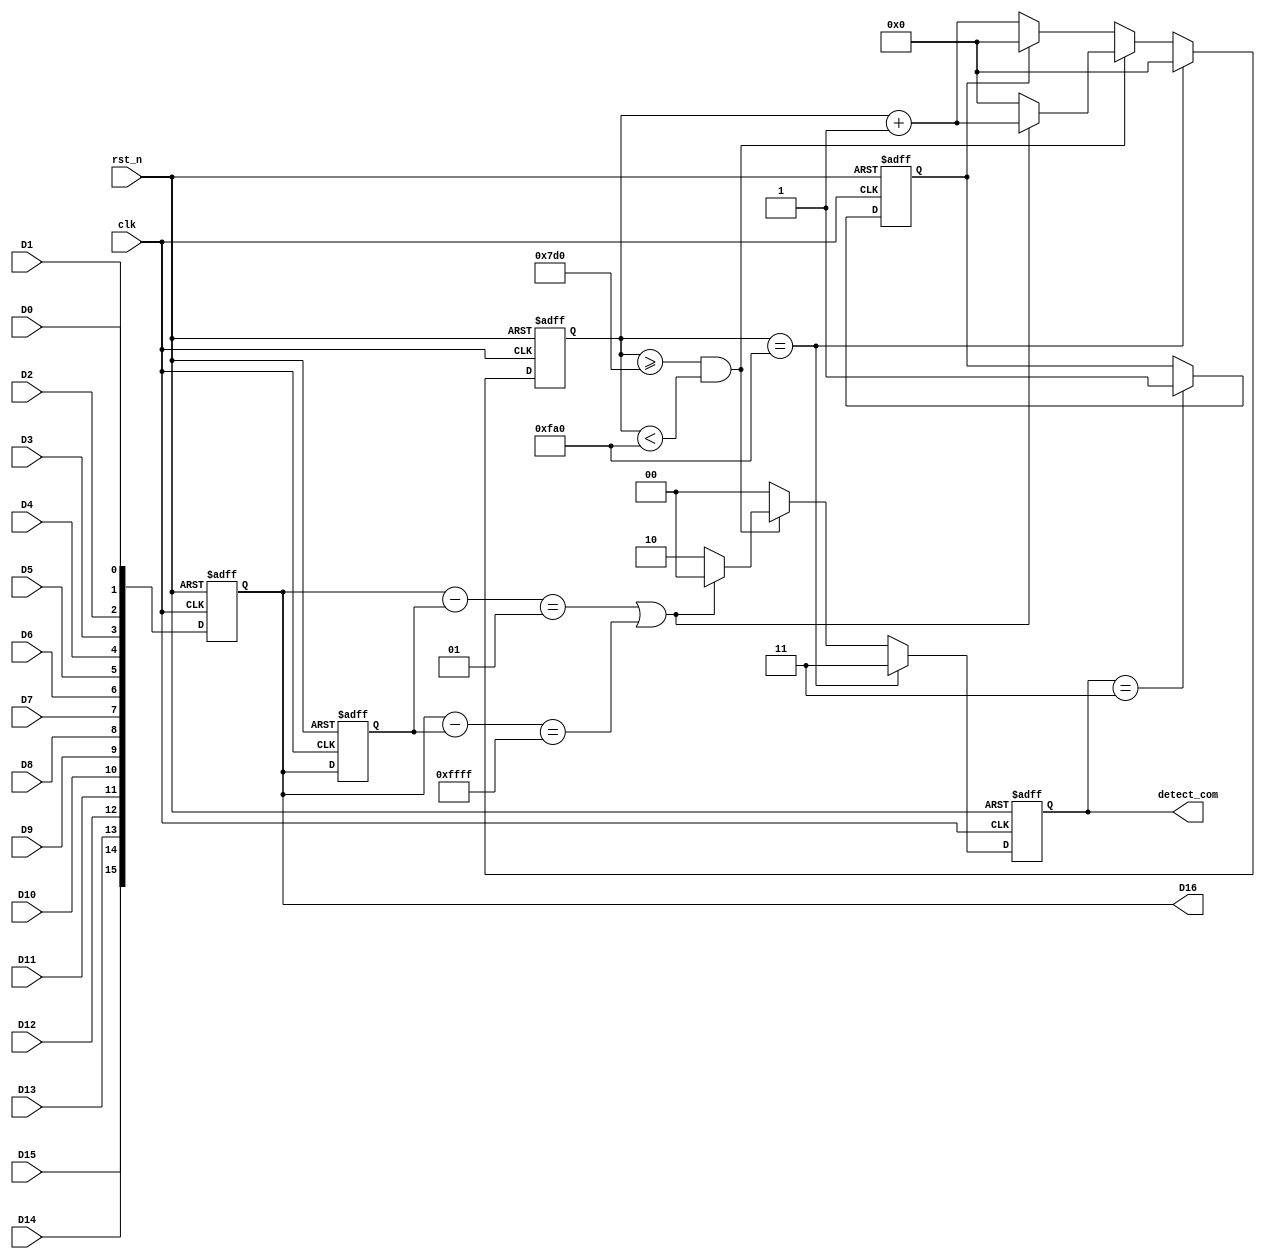
// This is a simple example.
// You can make a your own header file and set its path to settings.
// (Preferences > Package Settings > Verilog Gadget > Settings - User)
//
//		"header": "Packages/Verilog Gadget/template/verilog_header.v"
//
// -----------------------------------------------------------------------------
// Copyright (c) 2014-2023 All rights reserved
// -----------------------------------------------------------------------------
// Create : 2023-10-28 16:53:45
// Revise : 2023-10-28 16:53:45
// Editor : sublime text4, tab size (4)
// Descri : ADC, the core logic code go to 59 or 87 rows.
// -----------------------------------------------------------------------------
module Bit_Splice_Detect_Pro (
	input clk,    // Clock
	input rst_n,  // Asynchronous reset active low
	
	input D0,
	input D1,
	input D2,
	input D3,
	input D4,
	input D5,
	input D6,
	input D7,
	input D8,
	input D9,
	input D10,
	input D11,
	input D12,
	input D13,
	input D14,
	input D15,

	output reg [1:0] detect_com,
	output reg signed [15:0] D16
);
	
	reg signed [15:0] D16_clap;
	reg [15:0] cnt_4000;		//2000
	reg detect_com_latch;

	/*detect_com_latch*/
	always @(posedge clk or negedge rst_n) begin
		if(~rst_n) begin
			detect_com_latch <= 1'd0;
		end else begin
			detect_com_latch <= (detect_com == 2'b11) ? 1'd1 : detect_com_latch;
		end
	end

	/*cnt_4000
	 1-655352000cnt_4000
	 165535IDELAYIDELAY
	*/
	// always @(posedge clk or negedge rst_n) begin
	// 	if(~rst_n) begin
	// 		cnt_4000 <= 16'd0;
	// 	end else if(detect_com_latch || detect_com[1]) begin
	// 		cnt_4000 <= 16'd0;
	// 	end else begin
	// 		cnt_4000 <= cnt_4000 + 16'd1;
	// 	end
	// end

	always @(posedge clk or negedge rst_n) begin
		if(~rst_n) begin
			D16 <= 16'd0;
		end else begin
			D16 <= {D15, D14, D13, D12, D11, D10, D9, D8, D7, D6, D5, D4, D3, D2, D1, D0};
		end
	end

	always @(posedge clk or negedge rst_n) begin
		if(~rst_n) begin
			D16_clap <= 16'd0;
		end else begin
			D16_clap <= D16;
		end
	end

	/*detect_com[1:0]*/
	//[1] express the Bit_Splice_Detect_pro module detect result flag, [0] express detect result
	always @(posedge clk or negedge rst_n) begin
		if(~rst_n) begin
			detect_com <= 2'b00;
			cnt_4000 <= 16'd0;
		end else if(cnt_4000 == 16'd4000) begin
			detect_com <= 2'b11;
			cnt_4000 <= 16'd0;
		end else if(cnt_4000 >= 16'd2000 && cnt_4000 < 16'd4000) begin
			detect_com <= ((D16 - D16_clap) == 1 || (D16 - D16_clap) == 16'hFFFF) ? 2'b00 : 2'b10;
			cnt_4000 <= ((D16 - D16_clap) == 1 || (D16 - D16_clap) == 16'hFFFF) ? cnt_4000 + 16'd1 : 16'd0;
		end else begin
			detect_com <= 2'b00;
			cnt_4000 <= (!detect_com_latch) ? cnt_4000 + 16'd1 : 16'd0;
		end
	end

endmodule